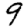
Digit: 9